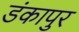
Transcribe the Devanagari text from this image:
डंकापुर